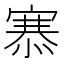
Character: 𢞝